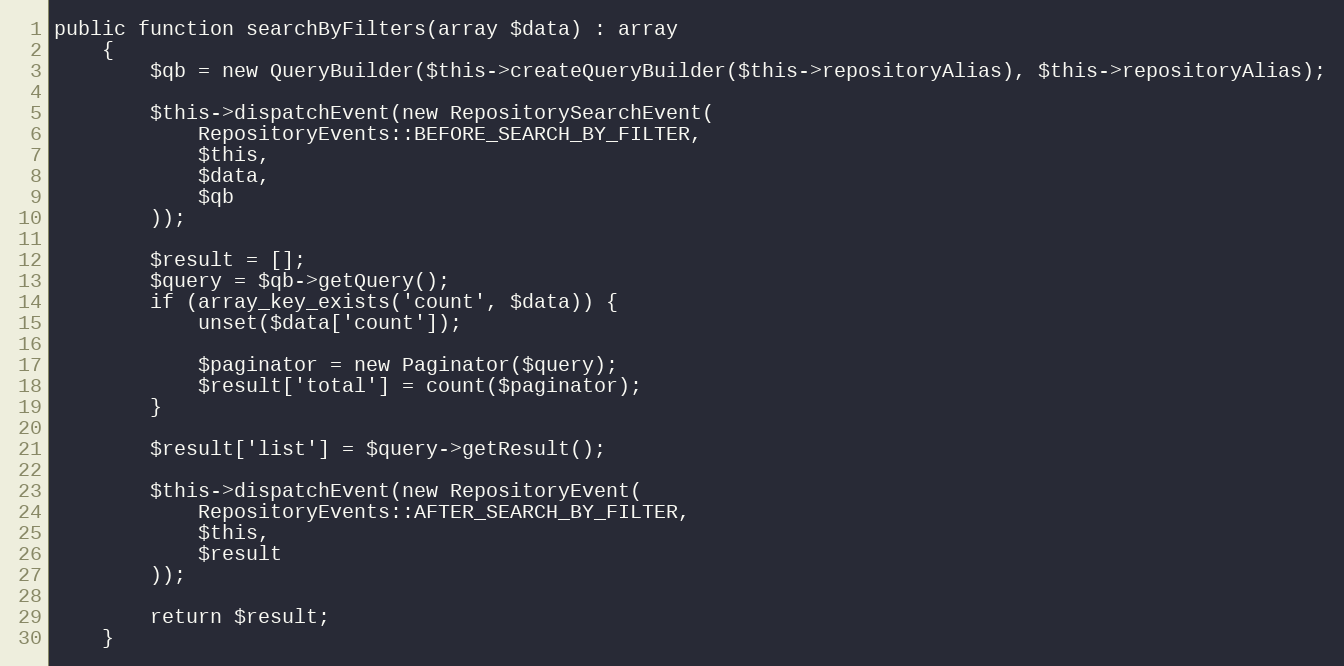
Language: PHP
public function searchByFilters(array $data) : array
    {
        $qb = new QueryBuilder($this->createQueryBuilder($this->repositoryAlias), $this->repositoryAlias);

        $this->dispatchEvent(new RepositorySearchEvent(
            RepositoryEvents::BEFORE_SEARCH_BY_FILTER,
            $this,
            $data,
            $qb
        ));

        $result = [];
        $query = $qb->getQuery();
        if (array_key_exists('count', $data)) {
            unset($data['count']);

            $paginator = new Paginator($query);
            $result['total'] = count($paginator);
        }

        $result['list'] = $query->getResult();

        $this->dispatchEvent(new RepositoryEvent(
            RepositoryEvents::AFTER_SEARCH_BY_FILTER,
            $this,
            $result
        ));

        return $result;
    }